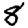
Digit: 8